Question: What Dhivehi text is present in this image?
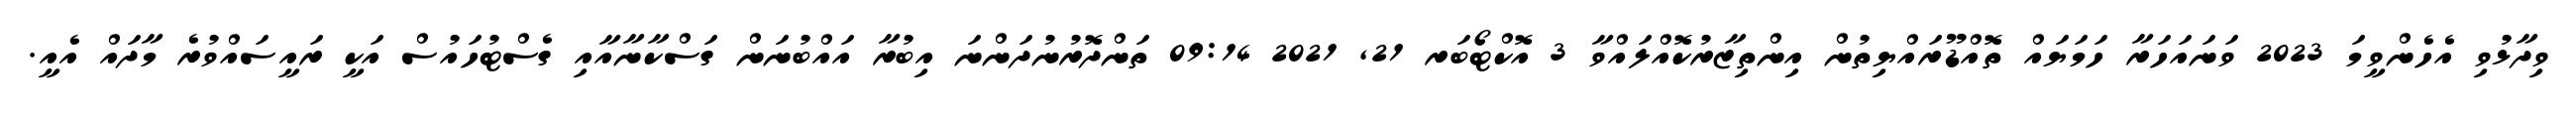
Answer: ވިދާޅުވި އެހެންވީމަ 2023 ވަނައަހަރާ ހަމަޔައް ތޮއްޑޫރައްޔިތުން އިންތިޒާރުކޮއްލައްވާ 3 އޮކްޓޯބަރ 21, 2021 09:14 ތަންދޮރުނުދަންނަ އިބުރާ އައްބުނަން ގަސްކާނާއާއި ގެސްޓުހައުސް އަކީ ރައީސައްވުރެ މާދައް އެއީ.